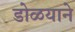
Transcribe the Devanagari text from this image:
डोळयाने